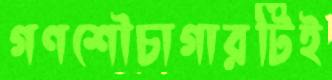
গণশৌচাগারটিই